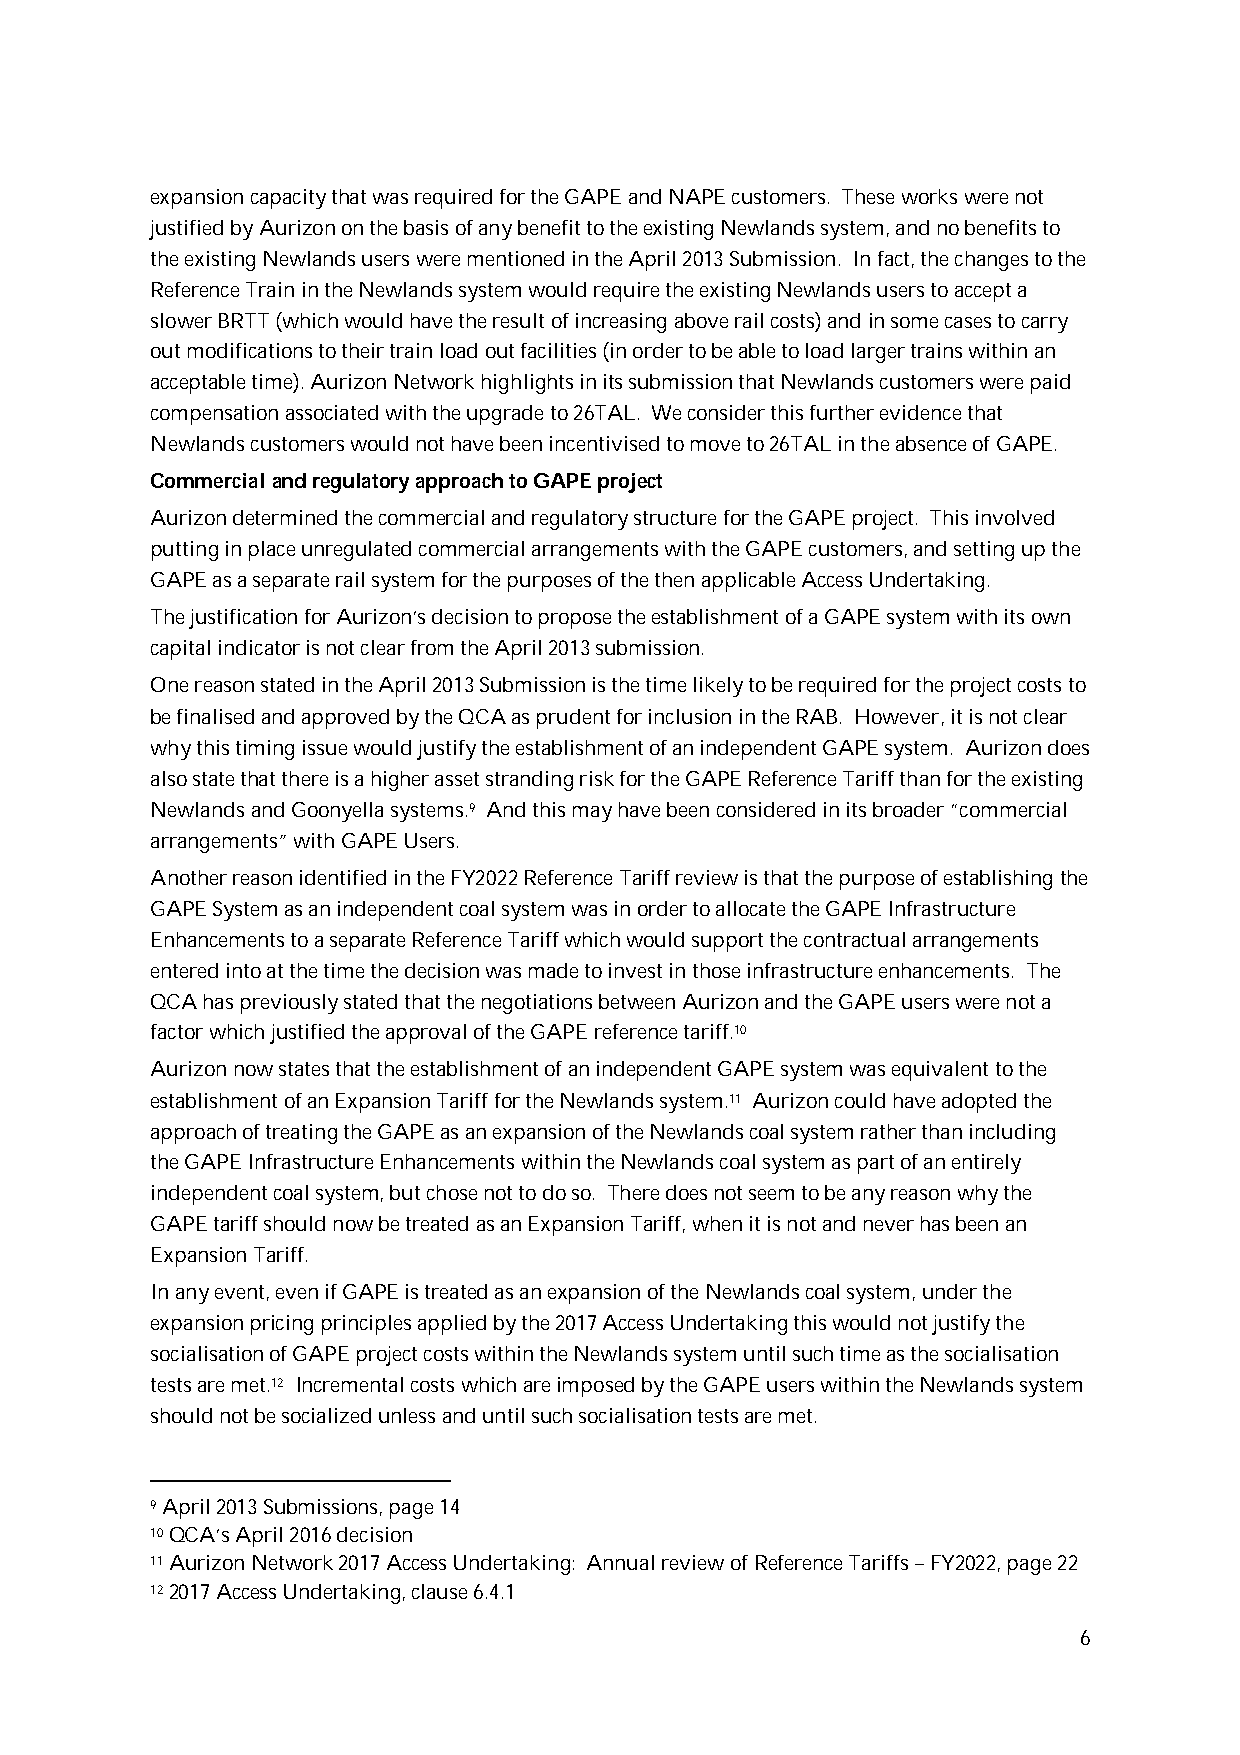
expansion capacity that was required for the GAPE and NAPE customers. These works were not
 justified by Aurizon on the basis of any benefit to the existing Newlands system, and no benefits to
 the existing Newlands users were mentioned in the April 2013 Submission. In fact, the changes to the
 Reference Train in the Newlands system would require the existing Newlands users to accept a
 slower BRTT (which would have the result of increasing above rail costs) and in some cases to carry
 out modifications to their train load out facilities (in order to be able to load larger trains within an
 acceptable time). Aurizon Network highlights in its submission that Newlands customers were paid
 compensation associated with the upgrade to 26TAL. We consider this further evidence that
 Newlands customers would not have been incentivised to move to 26TAL in the absence of GAPE.
 Commercial and regulatory approach to GAPE project
 Aurizon determined the commercial and regulatory structure for the GAPE project. This involved
 putting in place unregulated commercial arrangements with the GAPE customers, and setting up the
 GAPE as a separate rail system for the purposes of the then applicable Access Undertaking.
 The justification for Aurizon’s decision to propose the establishment of a GAPE system with its own
 capital indicator is not clear from the April 2013 submission.
 One reason stated in the April 2013 Submission is the time likely to be required for the project costs to
 be finalised and approved by the QCA as prudent for inclusion in the RAB. However, it is not clear
 why this timing issue would justify the establishment of an independent GAPE system. Aurizon does
 also state that there is a higher asset stranding risk for the GAPE Reference Tariff than for the existing
 Newlands and Goonyella systems.9 And this may have been considered in its broader “commercial
 arrangements” with GAPE Users.
 Another reason identified in the FY2022 Reference Tariff review is that the purpose of establishing the
 GAPE System as an independent coal system was in order to allocate the GAPE Infrastructure
 Enhancements to a separate Reference Tariff which would support the contractual arrangements
 entered into at the time the decision was made to invest in those infrastructure enhancements. The
 QCA has previously stated that the negotiations between Aurizon and the GAPE users were not a
 factor which justified the approval of the GAPE reference tariff.10
 Aurizon now states that the establishment of an independent GAPE system was equivalent to the
 establishment of an Expansion Tariff for the Newlands system.11 Aurizon could have adopted the
 approach of treating the GAPE as an expansion of the Newlands coal system rather than including
 the GAPE Infrastructure Enhancements within the Newlands coal system as part of an entirely
 independent coal system, but chose not to do so. There does not seem to be any reason why the
 GAPE tariff should now be treated as an Expansion Tariff, when it is not and never has been an
 Expansion Tariff.
 In any event, even if GAPE is treated as an expansion of the Newlands coal system, under the
 expansion pricing principles applied by the 2017 Access Undertaking this would not justify the
 socialisation of GAPE project costs within the Newlands system until such time as the socialisation
 tests are met.12 Incremental costs which are imposed by the GAPE users within the Newlands system
 should not be socialized unless and until such socialisation tests are met.
 9 April 2013 Submissions, page 14
 10 QCA’s April 2016 decision
 11 Aurizon Network 2017 Access Undertaking: Annual review of Reference Tariffs – FY2022, page 22
 12 2017 Access Undertaking, clause 6.4.1
 6